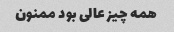
همه چیز عالی بود ممنون